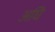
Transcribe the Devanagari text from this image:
अघि